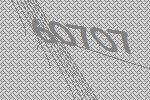
60707